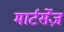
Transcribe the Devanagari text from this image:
मार्टर्सेज़